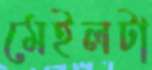
মেইলটা